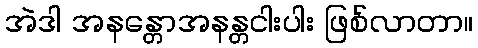
အဲဒါ အနန္တောအနန္တငါးပါး ဖြစ်လာတာ။